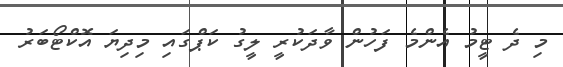
މި ދެ ޓީމު އެންމެ ފަހުން ވާދަކުރީ ލީގު ކަޕްގައި މިދިޔަ އޮކްޓޯބަރު